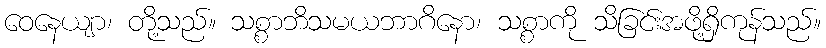
ဝေနေယျာ၊ တို့သည်။ သစ္စာဘိသမယဘာဂိနော၊ သစ္စာကို သိခြင်းအဖို့ရှိကုန်သည်။